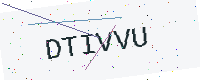
Text: DTIVVU